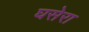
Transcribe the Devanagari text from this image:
घसेरा